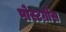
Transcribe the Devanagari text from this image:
पोस्टग्रीस